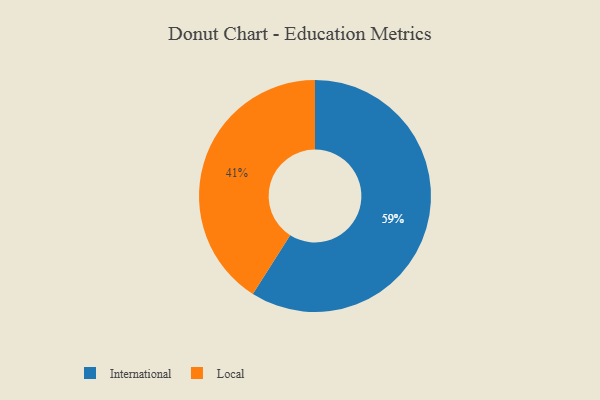
{"axis": {"x": "Category", "y": "Percentage"}, "legend": ["International", "Local"], "data": [{"x": "International", "y": 59, "type": "International"}, {"x": "Local", "y": 41, "type": "Local"}]}